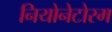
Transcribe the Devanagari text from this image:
नियोनेटोरम